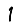
Digit: 1